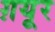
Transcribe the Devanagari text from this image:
ग़यूर